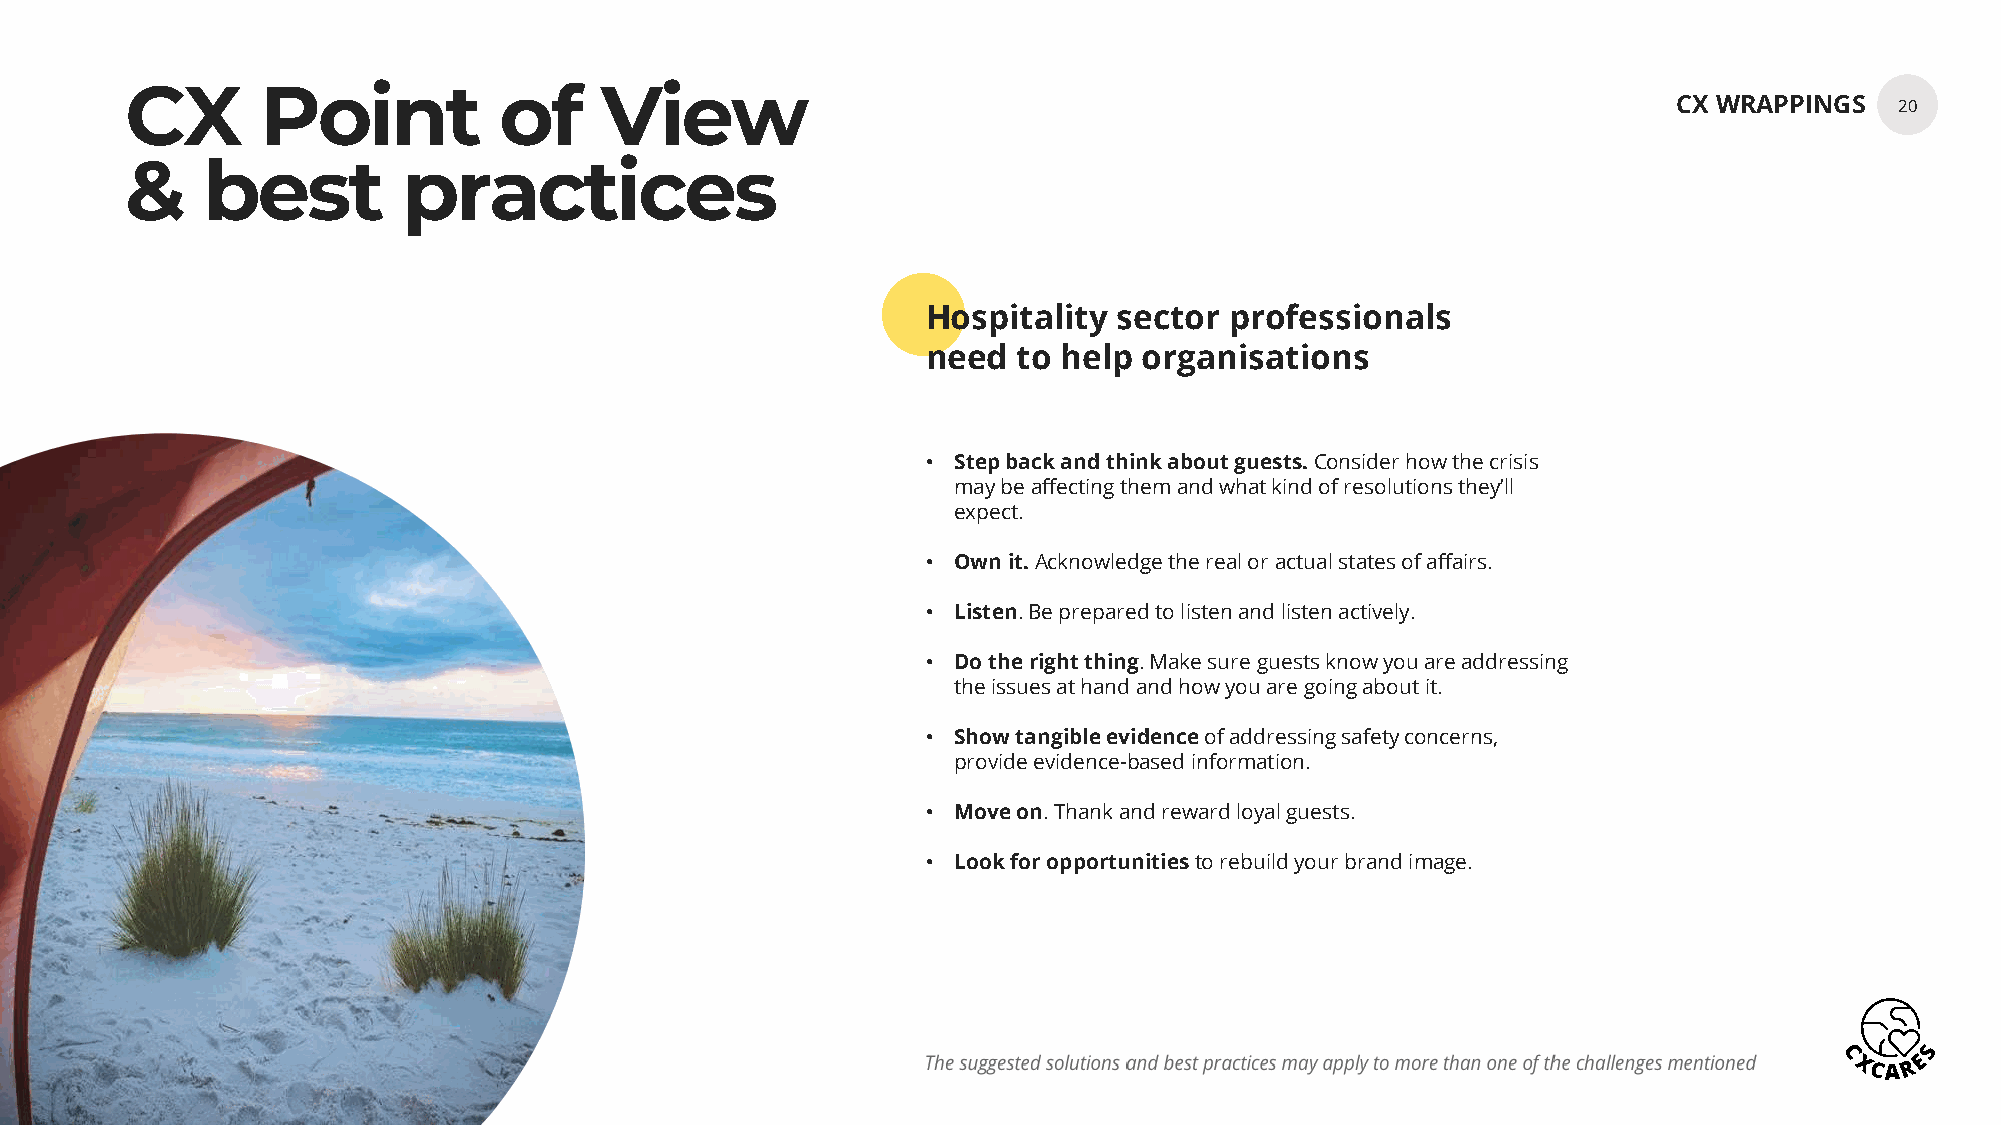
CX       Point           of     View
 CX WRAPPINGS   20
 &    best          practices
 Hospitality  sector professionals
 need  to help  organisations
 • Step back and think about guests.Consider how the crisis
 may be affecting them and what kind of resolutions they’ll
 expect.
 • Own it. Acknowledge the real or actual states of affairs.
 • Listen. Be prepared to listen and listen actively.
 • Do the right thing. Make sure guests know you are addressing
 the issues at hand and how you are going about it.
 • Show tangible evidenceof addressing safety concerns,
 provide evidence-based information.
 • Move on. Thank and reward loyal guests.
 • Look for opportunitiesto rebuild your brand image.